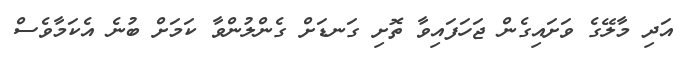
އަދި މާލޭގެ ވަށައިގެން ޖަހަފައިވާ ތޮށި ގަނޑަށް ގެންލުންވާ ކަމަށް ބުނެ އެކަމާވެސް